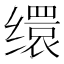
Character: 缳